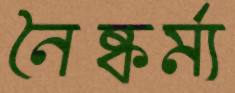
নৈষ্কর্ম্য